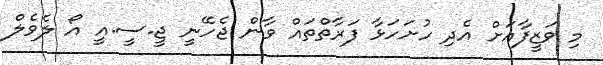
މި ވަޒީފާއަށް އެދި ހުށަހަޅާ ފަރާތްތައް ވާން ޖެހޭނީ ޖީ.ސީ.އީ އޯ ލެވެލް